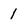
Character: 1